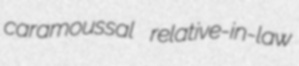
caramoussal relative-in-law